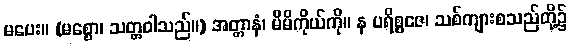
မပေး။ (မစ္စော၊ သတ္တဝါသည်။) အတ္တာနံ၊ မိမိကိုယ်ကို။ န ပရိစ္စဇေ၊ သစ်ကျားစသည်တို့၌